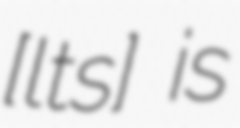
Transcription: [ˈɕɛlɛt͡s] is